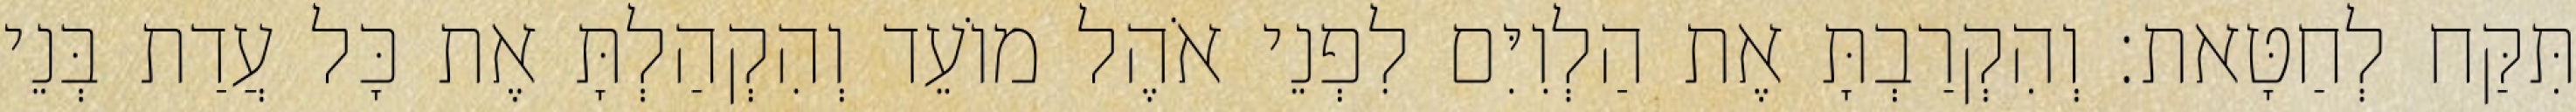
תִּקַּח לְחַטָּאת׃ וְהִקְרַבְתָּ אֶת הַלְוִיִּם לִפְנֵי אֹהֶל מוֹעֵד וְהִקְהַלְתָּ אֶת כָּל עֲדַת בְּנֵי